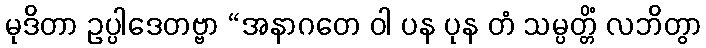
မုဒိတာ ဥပ္ပါဒေတဗ္ဗာ “အနာဂတေ ဝါ ပန ပုန တံ သမ္ပတ္တိံ လဘိတွာ